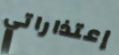
إعتذاراتي